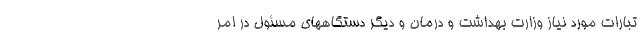
تبارات مورد نیاز وزارت بهداشت و درمان و دیگر دستگاههای مسئول در امر